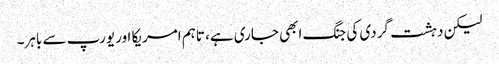
لیکن دہشت گردی کی جنگ ابھی جاری ہے، تاہم امریکا اور یورپ سے باہر۔